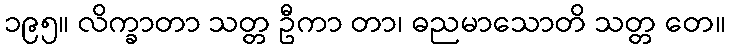
၁၉၅။ လိက္ခာတာ သတ္တ ဦကာ တာ၊ ဓညမာသောတိ သတ္တ တေ။